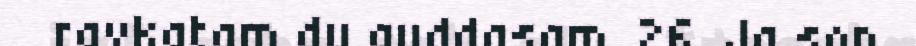
ravkatam du auddasam. 26. Ja son